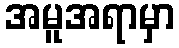
အမူအရာမှာ